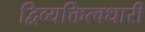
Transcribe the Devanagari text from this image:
द्विव्यक्तित्वधारी